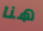
هنا